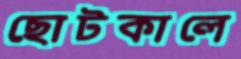
ছোটকালে